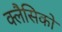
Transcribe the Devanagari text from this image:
क्लैसिको